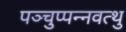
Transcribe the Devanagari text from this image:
पञ्चुप्पन्नवत्थु